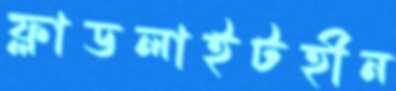
ফ্লাডলাইটহীন